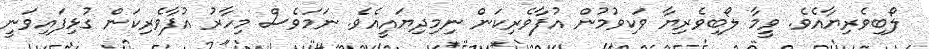
ލޯބިވެރިޔާއެވެ. ވީމާ ލޯބިވެރިޔާ ވަކިވުމުން އުފާވެރިކަން ނިމިދިޔައީއެވެ. ނަމަވެސް މިހާރު އުފާވެރިކަން ގުޅިފައިވަނީ